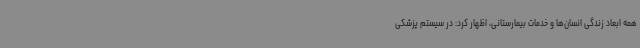
همه ابعاد زندگی انسان‌ها و خدمات بیمارستانی، اظهار کرد: در سیستم پزشکی